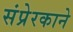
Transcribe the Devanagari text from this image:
संप्रेरकाने